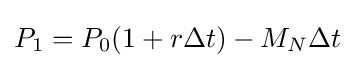
P_{1}=P_{0}(1+r\Delta t)-M_{N}\Delta t\;